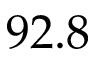
9 2 . 8